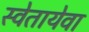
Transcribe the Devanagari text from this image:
स्वेतायेवा